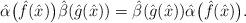
LaTeX: \begin{gather*}{\hat{\alpha}}\big(\hat{f}(\hat{x})\big){\hat{\beta}}(\hat{g}(\hat{x}))={\hat{\beta}}(\hat{g}(\hat{x})){\hat{\alpha}}\big(\hat{f}(\hat{x})\big).\end{gather*}